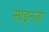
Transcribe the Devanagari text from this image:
साइन्ज़ा